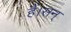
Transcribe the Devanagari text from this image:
हैं।सन्